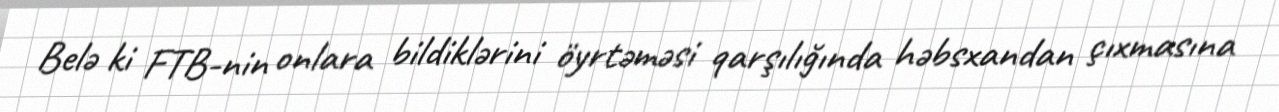
Belə ki FTB-nin onlara bildiklərini öyrtəməsi qarşılığında həbsxandan çıxmasına